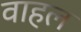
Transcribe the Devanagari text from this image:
वाहल